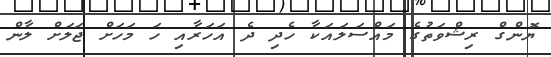
ޔޮންގް ރިޝްވަތުގެ މައްސަލައަކާ ހެދި ދެ އަހަރާއި ހަ މަހަށް ޖަލަށް ލާން